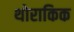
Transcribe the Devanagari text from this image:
थोराकिक